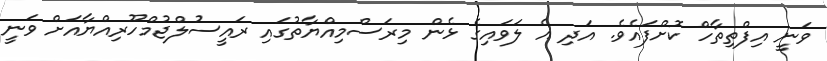
ވަނީ އިފްތިތާހް ކޮށްފައެވެ. އަދި އެ ލަވައިގެ ޅެން މިރަސްމިއްޔާތުގައި ރައީސުލްޖުމްހޫރިއްޔާއަށް ވަނީ